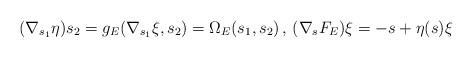
LaTeX: \begin{align*}(\nabla_{s_1}\eta)s_2=g_E(\nabla_{s_1}\xi,s_2)=\Omega_E(s_1,s_2)\,,\,(\nabla_{s}F_E)\xi=-s+\eta(s)\xi\end{align*}